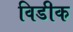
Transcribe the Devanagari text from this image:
विडीक